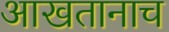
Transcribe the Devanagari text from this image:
आखतानाच